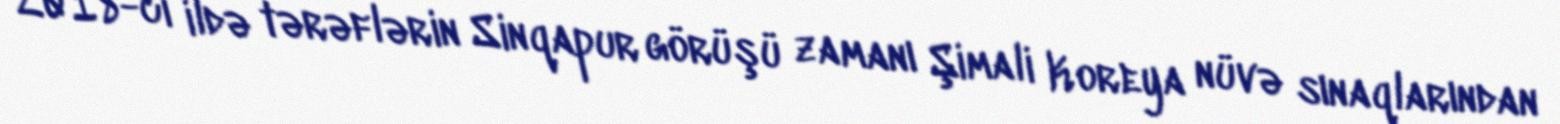
2018-ci ildə tərəflərin Sinqapur görüşü zamanı Şimali Koreya nüvə sınaqlarından